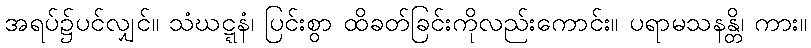
အရပ်၌ပင်လျှင်။ သံဃဋ္ဋနံ၊ ပြင်းစွာ ထိခတ်ခြင်းကိုလည်းကောင်း။ ပရာမသနန္တိ၊ ကား။